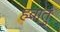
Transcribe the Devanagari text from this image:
हवातु